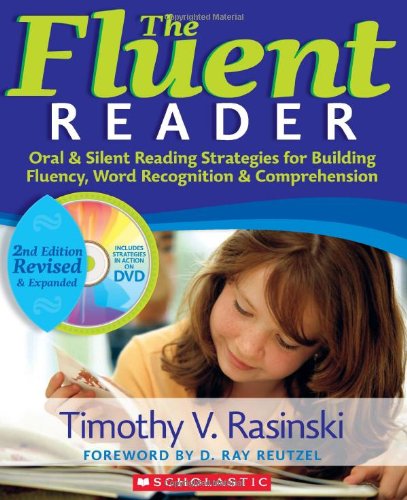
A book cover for The Fluent Reader (2nd Edition): Oral & Silent Reading Strategies for Building Fluency, Word Recognition & Comprehension; Timothy Rasinski; Reference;